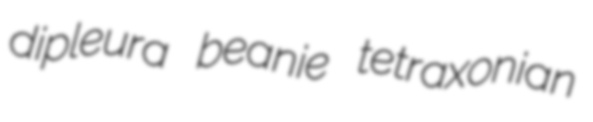
dipleura beanie tetraxonian